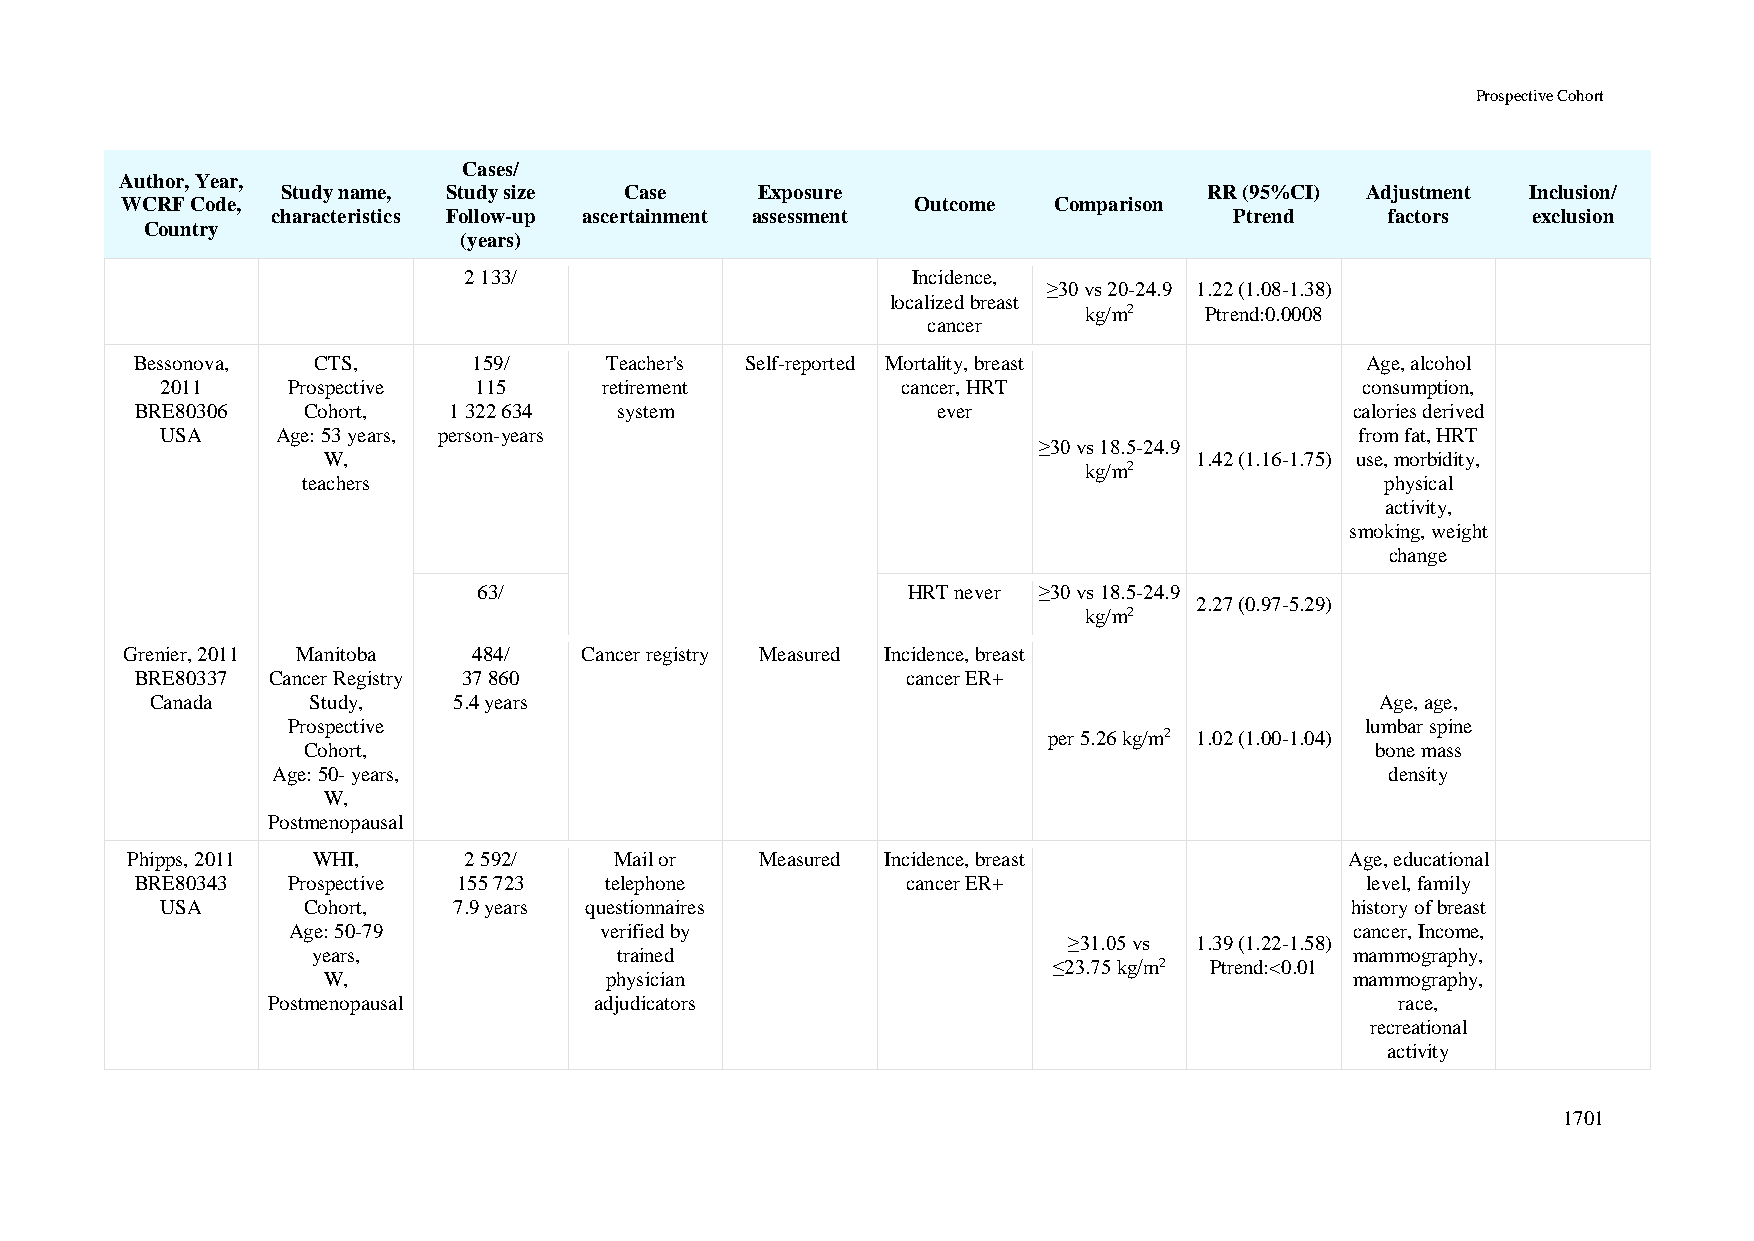
Prospective Cohort
 Cases/
 Author, Year,
 Study name, Study size Case    Exposure                      RR (95%CI) Adjustment Inclusion/
 WCRF Code,                                           Outcome  Comparison
 characteristics Follow-up ascertainment assessment              Ptrend    factors  exclusion
 Country
 (years)
 2 133/                       Incidence,
 ≥30 vs 20-24.9 1.22 (1.08-1.38)
 localized breast
 kg/m2   Ptrend:0.0008
 cancer
 Bessonova,  CTS,      159/     Teacher's Self-reported Mortality, breast         Age, alcohol
 2011    Prospective 115      retirement          cancer, HRT                   consumption,
 BRE80306   Cohort,   1 322 634  system               ever                        calories derived
 USA    Age: 53 years, person-years                                             from fat, HRT
 ≥30 vs 18.5-24.9
 W,                                                        1.42 (1.16-1.75) use, morbidity,
 kg/m2
 teachers                                                                physical
 activity,
 smoking, weight
 change
 63/                         HRT never ≥30 vs 18.5-24.9
 2.27 (0.97-5.29)
 kg/m2
 Grenier, 2011 Manitoba 484/   Cancer registry Measured Incidence, breast
 BRE80337 Cancer Registry 37 860                    cancer ER+
 Canada    Study,    5.4 years                                                    Age, age,
 Prospective                                                            lumbar spine
 per 5.26 kg/m2 1.02 (1.00-1.04)
 Cohort,                                                                bone mass
 Age: 50- years,                                                           density
 W,
 Postmenopausal
 Phipps, 2011 WHI,      2 592/    Mail or  Measured Incidence, breast             Age, educational
 BRE80343  Prospective 155 723  telephone           cancer ER+                    level, family
 USA      Cohort,   7.9 years questionnaires                                   history of breast
 Age: 50-79           verified by                                       cancer, Income,
 ≥31.05 vs 1.39 (1.22-1.58)
 years,              trained                                          mammography,
 ≤23.75 kg/m2 Ptrend:<0.01
 W,                 physician                                         mammography,
 Postmenopausal       adjudicators                                          race,
 recreational
 activity
 1701